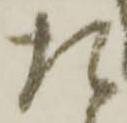
た